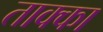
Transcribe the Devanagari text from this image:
ताक्का